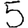
Digit: 5